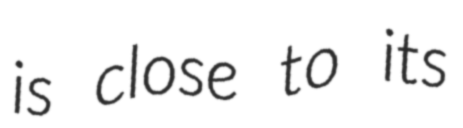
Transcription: is close to its